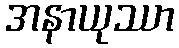
အနာယုဿာ